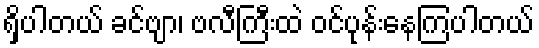
ရှိပါတယ် ခင်ဗျာ၊ ဗလီကြီးထဲ ဝင်ပုန်းနေကြပါတယ်